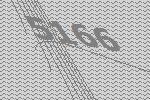
5166